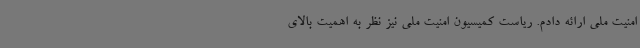
امنیت ملی ارائه دادم. ریاست کمیسیون امنیت ملی نیز نظر به اهمیت بالای